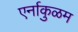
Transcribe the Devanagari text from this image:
एर्नाकुळम